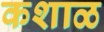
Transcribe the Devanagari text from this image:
कशाळ